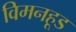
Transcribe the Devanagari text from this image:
विमनहूड